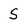
Character: S